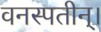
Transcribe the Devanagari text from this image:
वनस्पतीन्।